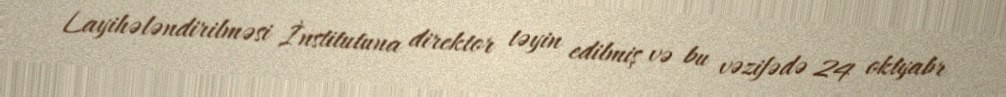
Layihələndirilməsi İnstitutuna direktor təyin edilmiş və bu vəzifədə 24 oktyabr